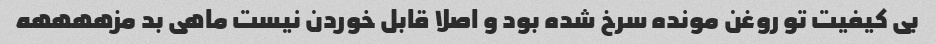
بی کیفیت تو روغن مونده سرخ شده بود و اصلا قابل خوردن نیست ماهی بد مزههههه